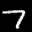
Label: 7